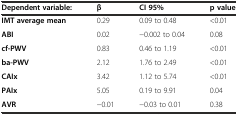
| Dependent variable: | β | CI 95% | p value |
 | --- | --- | --- | --- |
 | IMT average mean | 0.29 | 0.09 to 0.48 | <0.01 |
 | ABI | 0.02 | −0.002 to 0.04 | 0.08 |
 | cf-PWV | 0.83 | 0.46 to 1.19 | <0.01 |
 | ba-PWV | 2.12 | 1.76 to 2.49 | <0.01 |
 | CAIx | 3.42 | 1.12 to 5.74 | <0.01 |
 | PAIx | 5.05 | 0.19 to 9.91 | 0.04 |
 | AVR | −0.01 | −0.03 to 0.01 | 0.38 |